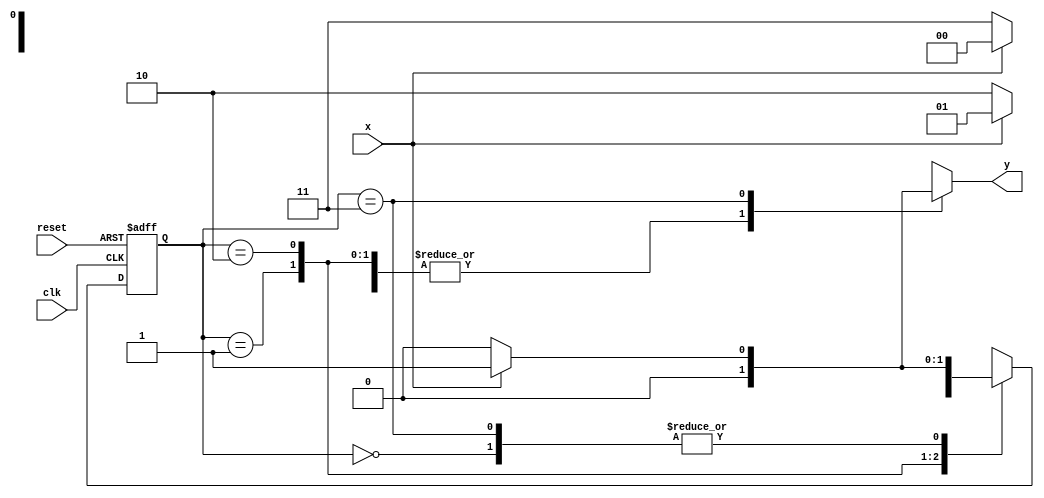
// ---------------------
// Guia 11 - Ex03
// Nome: Jlio Czar Taveira Arajo
// ---------------------

// --------------
// --- Exercicio 03
// --------------


// constant definitions

`define found    1
`define notfound 0


module Ex1103 ( y, x, clk, reset );
 output y;
 input  x;
 input  clk;
 input  reset;

 reg    y;

 parameter         // state identifiers 
   start  = 2'b00,
   id1    = 2'b01,
   id10   = 2'b10,
	id100  = 2'b11;
   

   reg [1:0] E1;	// current state variables
   reg [1:0] E2;	// next state logic output

// next state logic
   always @( x or E1 )
    begin
     y = `notfound;
     case ( E1 )
      start:
        if ( x )
         E2 = id1;
        else
         E2 = start;
      id1:
        if ( x )
         E2 = id1;
        else
         E2 = id10;
      id10:
        if ( x )
         E2 = start;
        else
         E2 = id100;
      id100:
        if ( x )  
	 			begin
					E2 =  id1;
					y  = `found;
	 			end
			else
	 			begin
	   			E2 =  start;
	   			y  = `notfound;
	 			end
      default:   // undefined state
           E2 =  2'bxx;
      endcase
    end // always at signal or state changing

// state variables
   always @( posedge clk or negedge reset )
    begin
     if ( reset )
      E1 = E2;    // updates current state
     else
      E1 = 0;     // reset
    end // always at signal changing

endmodule //Ex1103


// --------------------
// --- TESTE
// --------------------
//

module testeMF;
 
 reg   clk, reset, x;
 wire  w1;

 Ex1103 Teste ( e03, x, clk, reset );

 initial
  begin
      $display("Exercicio 11-03 - Julio Cezar Taveira Araujo - 380776");
      $display("Test Maquina de Estado Finito - Mealy");	

// initial values
       clk   = 1;
       reset = 0;
       x     = 0;

// input signal changing
  #5   reset = 1;
  #10  x = 1;
  #10  x = 0;
  #10  x = 0;
  #10  x = 1;
  #10  x = 0;
  #10  x = 1;
  #10  x = 0;
  #10  x = 1;

  #30 $finish;
 end // initial

 always
  #5 clk = ~clk;

 always @( posedge clk )
  begin
   $display ( "%4d  %4b  %4b", $time, x, e03 );
  end // always at positive edge clocking changing

endmodule